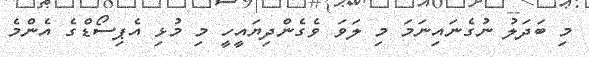
މި ބަދަލު ނުގެނައިނަމަ މި ލަވަ ވެގެންދިޔައީހީ މި މުޅި އެޕިސޯޑްގެ އެންމެ